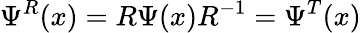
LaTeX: \Psi^{R}(x)=R\Psi(x)R^{-1}=\Psi^{T}(x)